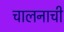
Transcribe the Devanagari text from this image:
चालनाची